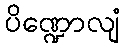
ပိဏ္ဍောလျံ